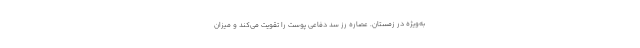
به‌ویژه در زمستان. عصاره رز سد دفاعی پوست را تقویت می‌کند و میزان